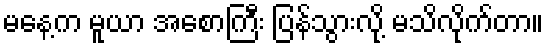
မနေ့က မူယာ အစောကြီး ပြန်သွားလို့ မသိလိုက်တာ။